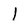
Character: 1